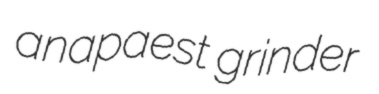
anapaest grinder